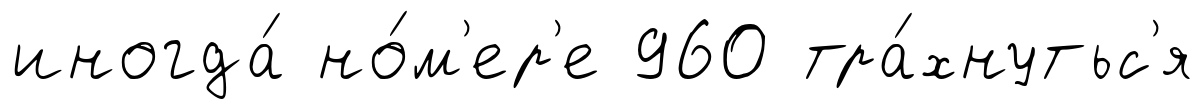
иногда́ но́м'ер'е 960 тра́хнутьс'я